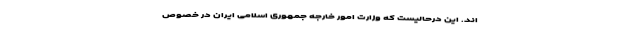
اند. این درحالیست که وزارت امور خارجه جمهوری اسلامی ایران در خصوص